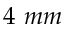
4 \ m m